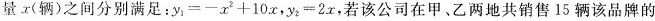
量x(辆)之间分别满足：$$y_{1}=-x^{2}+10x$$，$$y_{2}=2x$$}若该公司在甲、乙两地共销售15辆该品牌的